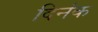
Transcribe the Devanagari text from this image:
दिनंक